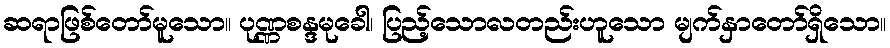
ဆရာဖြစ်တော်မူသော။ ပုဏ္ဏစန္ဒမုခေါ၊ ပြည့်သောလတည်းဟူသော မျက်နှာတော်ရှိသော။